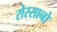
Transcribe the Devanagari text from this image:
रोस्सानो